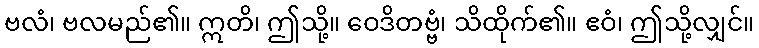
ဗလံ၊ ဗလမည်၏။ ဣတိ၊ ဤသို့။ ဝေဒိတဗ္ဗံ၊ သိထိုက်၏။ ဧဝံ၊ ဤသို့လျှင်။